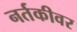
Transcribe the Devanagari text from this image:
नर्तकीवर